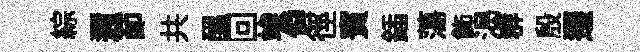
綜邇莭共醖回竢僢徑賓鍤蕩飾渴群殷遷